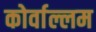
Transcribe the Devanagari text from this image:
कोर्वाल्लम